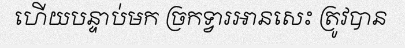
ហើយបន្ទាប់មក ច្រកទ្វារអានសេះ ត្រូវបាន